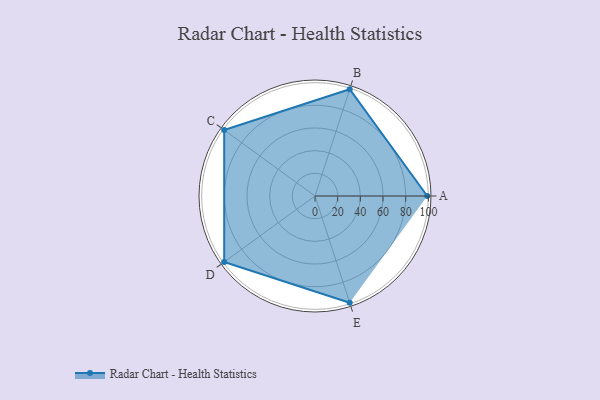
{"axis": {"x": "Skill", "y": "Score"}, "legend": ["Profile"], "data": [{"x": "A", "y": 99, "type": "Profile"}, {"x": "B", "y": 99, "type": "Profile"}, {"x": "C", "y": 99, "type": "Profile"}, {"x": "D", "y": 99, "type": "Profile"}, {"x": "E", "y": 99, "type": "Profile"}]}